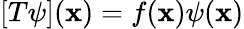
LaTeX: [T\psi](\mathbf{x})=f(\mathbf{x})\psi(\mathbf{x})